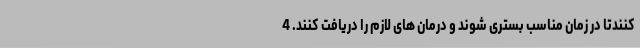
کنندتا در زمان مناسب بستری شوند و درمان های لازم را دریافت کنند. 4